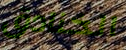
الخنادق